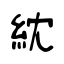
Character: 紞